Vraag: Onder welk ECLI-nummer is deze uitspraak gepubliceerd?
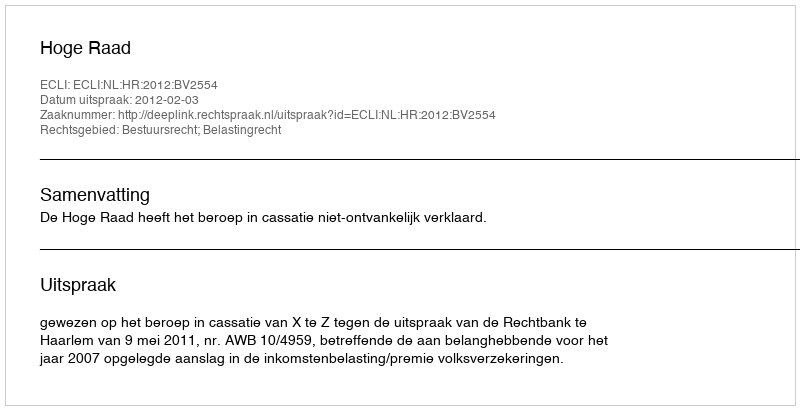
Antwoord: ECLI:NL:HR:2012:BV2554